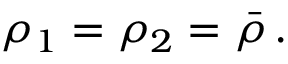
\rho _ { 1 } = \rho _ { 2 } = \bar { \rho } \, .